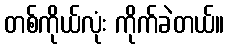
တစ်ကိုယ်လုံး ကိုက်ခဲတယ်။